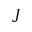
J